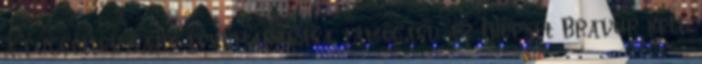
a független sajtó fennmaradása, támogasd az Indexet Bravúr kell,